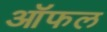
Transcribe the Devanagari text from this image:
ऑफल